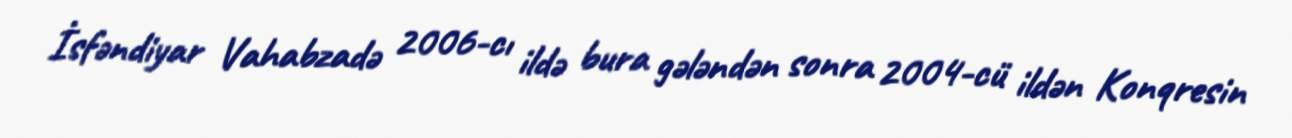
İsfəndiyar Vahabzadə 2006-cı ildə bura gələndən sonra 2004-cü ildən Konqresin